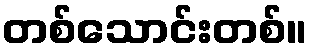
တစ်သောင်းတစ်။